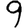
Digit: 9